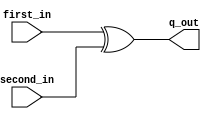
//module XOR_1(input: [7:0]first_in, [7:0]second_in, Output: [7:0]q_out); 

module XOR_1(
	input		[7:0]first_in, 
	input		[7:0]second_in,
	output	[7:0]q_out); 
	
	assign q_out = first_in ^ second_in; 
	
endmodule